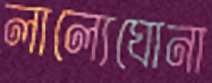
লাল্যেঘোনা